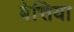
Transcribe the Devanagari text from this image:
बेत्तिया